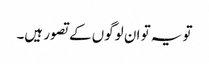
تو یہ تو ان لوگوں کے تصور ہیں۔